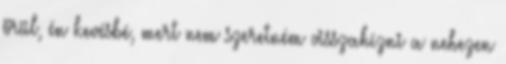
örül, én kevésbé, mert nem szeretném visszahízni a nehezen